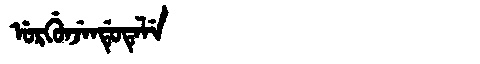
Manchu: ᡠᡵᡤᡠᠨᠵᡝᠨᡩᡠᡨᡝᠯᡝ
Romanization: URGUNJENDUTELE